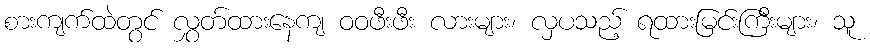
စားကျက်ထဲတွင် လွှတ်ထားနေကျ ဝဝဖီးဖီး လားများ၊ လှပသည့် ရထားမြင်းကြီးများ၊ သူ